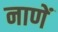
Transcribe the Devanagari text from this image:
नाणें